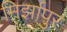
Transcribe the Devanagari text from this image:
मिर्झापुर